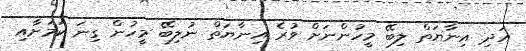
އަދި އިނާޔަތް ލިބޭ މީހުންނަށް ވުރެ އިނާޔަތް ނުލިބޭ މީހުން ގިނަ ކަމަށާއި